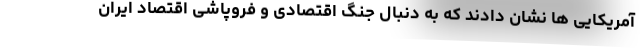
آمریکایی ها نشان دادند که به دنبال جنگ اقتصادی و فروپاشی اقتصاد ایران